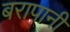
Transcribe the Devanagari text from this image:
बरापानी